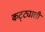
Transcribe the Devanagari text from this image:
कट्ट्याची